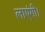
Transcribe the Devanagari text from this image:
लाएंगी।